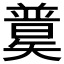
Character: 𥐄